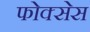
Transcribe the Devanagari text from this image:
फोक्सेस